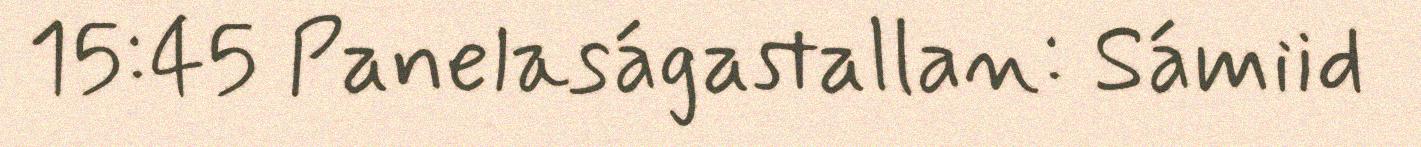
15:45 Panelaságastallan: Sámiid